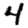
Digit: 4